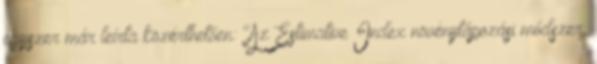
egyszer már leírta közérthetően: "Az Estimative Index növénytápozási módszer.